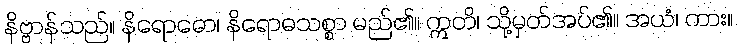
နိဗ္ဗာန်သည်။ နိရောဓော၊ နိရောဓသစ္စာ မည်၏။ ဣတိ၊ သို့မှတ်အပ်၏။ အယံ၊ ကား။